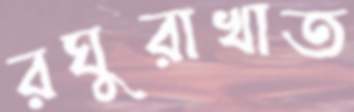
রঘুরাখাত